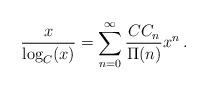
LaTeX: \begin{align*} \frac{x}{\log_C(x)}=\sum_{n=0}^\infty\frac{CC_n}{\Pi(n)}x^n\,. \end{align*}